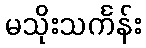
မသိုးသင်္ကန်း